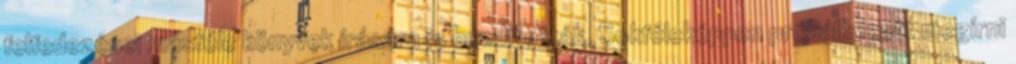
felfedezései másféle könyvek írására is buzdították. Sokféleképpen próbálkozott megírni